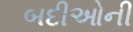
બદીઓની